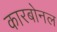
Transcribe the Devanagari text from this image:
कारबोनल